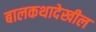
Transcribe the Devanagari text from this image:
बालकथादेखील